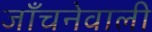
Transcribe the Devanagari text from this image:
जाँचनेवाली